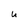
Character: t